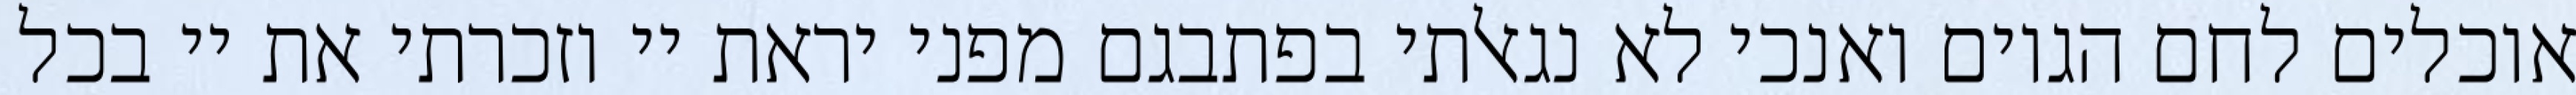
אוכלים לחם הגוים ואנכי לא נגאלתי בפתבגם מפני יראת יי וזכרתי את יי בכל